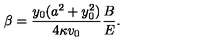
\beta = { \frac { y _ { 0 } ( a ^ { 2 } + y _ { 0 } ^ { 2 } ) } { 4 \kappa v _ { 0 } } } { \frac { B } { E } } .